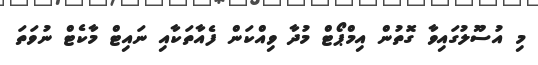
މި އުސޫލުގައިވާ ގޮތުން އިމްޕޯޓް މުދާ ވިއްކަން ފެއާތަކާއި ނައިޓް މާކެޓް ނުވަތަ